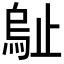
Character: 𣦑